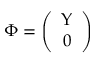
\Phi = \left( \begin{array} { c } { { \Upsilon } } \\ { { 0 } } \end{array} \right)